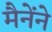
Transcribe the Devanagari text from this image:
मैनेंने